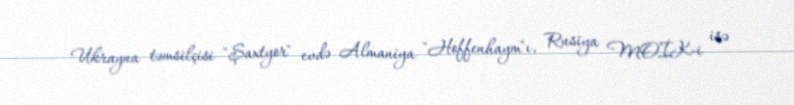
Ukrayna təmsilçisi "Şaxtyor" evdə Almaniya "Hoffenhaym"ı, Rusiya MOİK-i isə